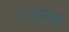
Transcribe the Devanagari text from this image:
टाक्यामध्ये